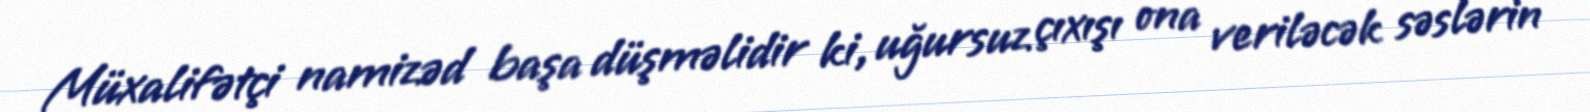
Müxalifətçi namizəd başa düşməlidir ki, uğursuz çıxışı ona veriləcək səslərin